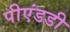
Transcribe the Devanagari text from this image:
पीएंडडी